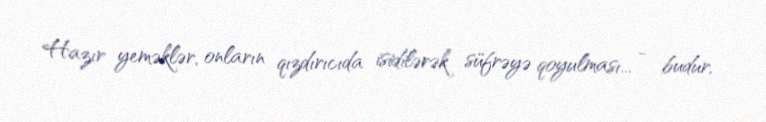
Hazır yeməklər, onların qızdırıcıda isidilərək süfrəyə qoyulması... - budur,